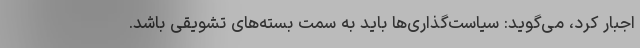
اجبار کرد، می‌گوید: سیاست‌گذاری‌ها باید به سمت بسته‌های تشویقی باشد.